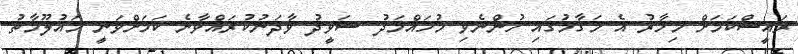
ރައީސްކަމަށް މިހާރު އެ މަގާމުގައި ހުންނެވި މުހައްމަދު ޝަވީދު ވާދަނުކުރައްވާނެ ކަމަށްވަނީ މައުލޫމާތު